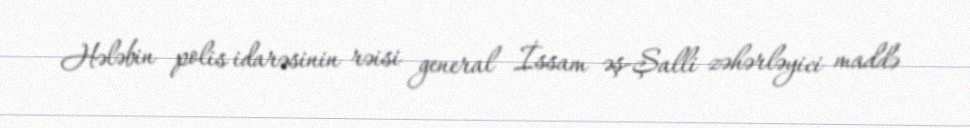
Hələbin polis idarəsinin rəisi general İssam əş-Şalli zəhərləyici maddə